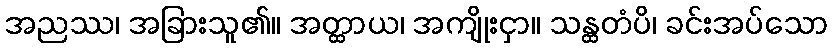
အညဿ၊ အခြားသူ၏။ အတ္ထာယ၊ အကျိုးငှာ။ သန္ထတံပိ၊ ခင်းအပ်သော